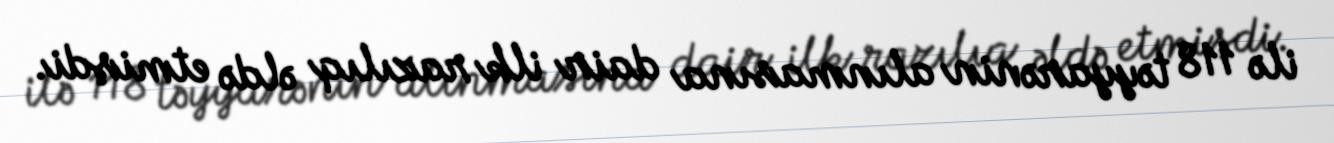
ilə 118 təyyarənin alınmasına dair ilk razılıq əldə etmişdi.